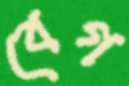
বেগ